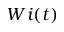
W i ( t )